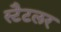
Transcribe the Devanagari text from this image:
स्टैटलर